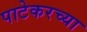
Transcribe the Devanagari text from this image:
पाटेकरच्या